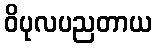
ဝိပုလပညတာယ